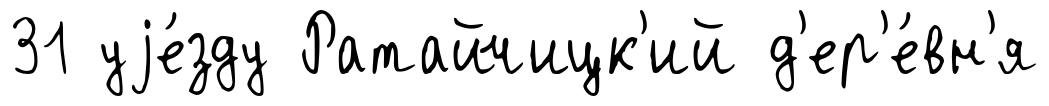
31 уjе́зду Ратайчицк'ий д'ер'е́вн'я